Indian journal of veterinary science and animal husbandry - Volume 1,
Year: 1931
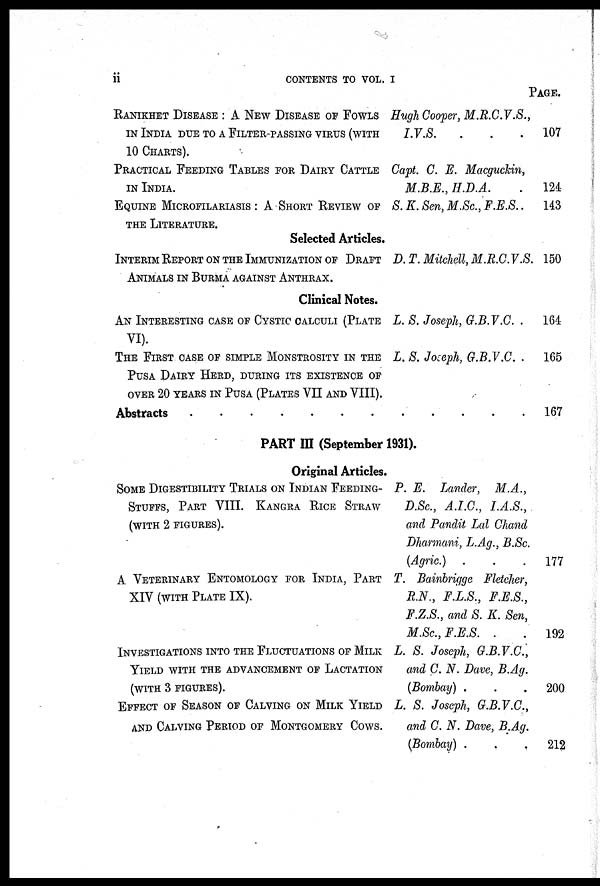
ii
CONTENTS TO VOL. I
RANIKHET DISEASE : A NEW DISEASE OF FOWLS
IN INDIA DUE TO A FILTER-PASSING VIRUS (WITH
10 CHARTS).
PRACTICAL FEEDING TABLES FOR DAIRY CATTLE
IN INDIA.
EQUINE MICROFILARIAS: A SHORT REVIEW OF
THE LITERATURE.
Hugh Cooper, M.R.C.V.S.,
I.V.S.
.
Capt. C. E. Macguckin,
M.B.E., H.D.A.
S. K. Sen, M.Sc., F.E.S..
PAGE.
107
124
143
Selected Articles.
INTERIM REPORT ON THE IMMUNIZATION OF DRAFT
ANIMALS IN BURMA AGAINST ANTHRAX.
D. T. Mitchell, M.R.C.V.S. 150
Clinical Notes.
AN INTERESTING CASE OF CYSTIC CALCULI (PLATE
VI).
THE FIRST CASE OF SIMPLE MONSTROSITY IN THE
PUSA DAIRY HERD, DURING ITS EXISTENCE OF
OVER 20 YEARS IN PUSA (PLATES VII AND VIII).
Abstracts
.......
L. S. Joseph, G.B.V.C..
L. S. Joseph, G.B.V.C. .
....
164
165
167
PART III (September 1931).
Original Articles.
SOME DIGESTIBILITY TRIALS ON INDIAN FEEDING-
STUFFS, PART VIII. KANGRA RICE STRAW
(WITH 2 FIGURES).
A VETERINARY ENTOMOLOGY FOR INDIA, PART
XIV (WITH PLATE IX).
INVESTIGATIONS INTO THE FLUCTUATIONS OF MILK
YIELD WITH THE ADVANCEMENT OF LACTATION
(WITH 3 FIGURES).
EFFECT OF SEASON OF CALVING ON MILK YIELD
AND CALVING PERIOD OF MONTGOMERY COWS.
P. E. Lander,
M.A.,
D.Sc., A.I.G.,
I.A.S.,
and Pandit Lal Chand
Dharmani, L.Ag., B.Sc.
(Agric.) .
T. Bainbrigge Fletcher,
R.N., F.L.S.,
F.E.S.,
F.Z.S., and S. K. Sen,
M.Sc.,F.E.S.
.
L. S. Joseph, G.B.V.C.,
and C. N. Dave, B.Ag.
(Bombay) .
L. S. Joseph, G.B.V.C.,
and C. N. Dave, B.Ag.
(Bombay) .
177
192
200
212